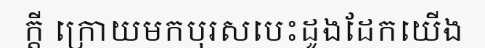
ក្តី ក្រោយមកបុរសបេះដូងដែកយើង